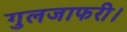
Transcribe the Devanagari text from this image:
गुलजाफरी।